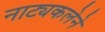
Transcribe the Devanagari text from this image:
नाट्यकलेने